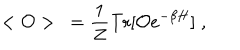
< { \cal O } > ~ = \frac { 1 } { Z } \mathrm { T r } [ { \cal O } e ^ { - \beta H } ] \; ,